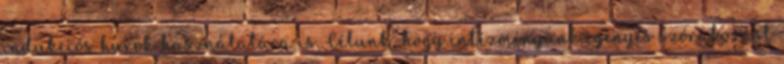
indukciós hurok használatára is. Célunk, hogy intézményünk igényes szórakozást